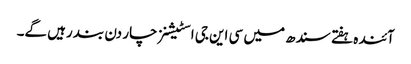
آئندہ ہفتے سندھ میں سی این جی اسٹیشنز چار دن بند رہیں گے۔